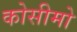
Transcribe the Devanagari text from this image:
कोसीमो